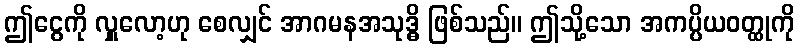
ဤငွေကို လှူလော့ဟု စေလျှင် အာဂမနအသုဒ္ဓိ ဖြစ်သည်။ ဤသို့သော အကပ္ပိယဝတ္ထုကို